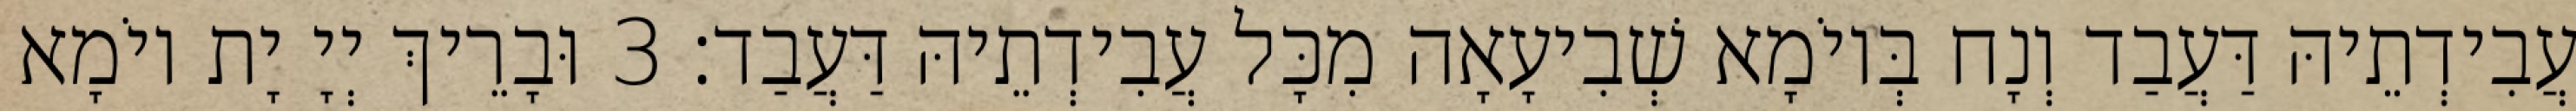
עֲבִידְתֵיהּ דַּעֲבַד וְנָח בְּיוֹמָא שְׁבִיעָאָה מִכָּל עֲבִידְתֵיהּ דַּעֲבַד׃ 3 וּבָרֵיךְ יְיָ יָת יוֹמָא